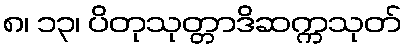
၈၊ ၁၃၊ ပိတုသုတ္တာဒိဆက္ကသုတ်